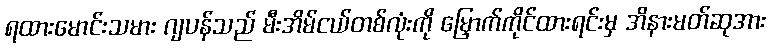
ရထားမောင်းသမား ဂျပန်သည် မီးအိမ်ငယ်တစ်လုံးကို မြှောက်ကိုင်ထားရင်းမှ အိနားမတ်ဆုအား